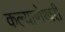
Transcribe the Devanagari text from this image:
कल्‍याणेश्‍वरी